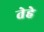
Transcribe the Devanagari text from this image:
तेहे